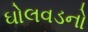
ઘોલવડનો